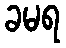
ခမရ